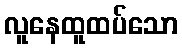
လူနေထူထပ်သော